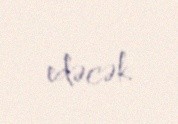
edəcək.